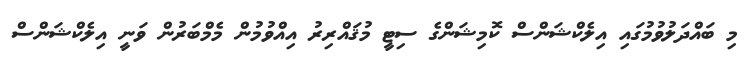
މި ބައްދަލުވުމުގައި އިލެކްޝަންސް ކޮމިޝަންގެ ސިޓީ މުޤައްރިރު އިއްވުމުން މެމްބަރުން ވަނީ އިލެކްޝަންސް